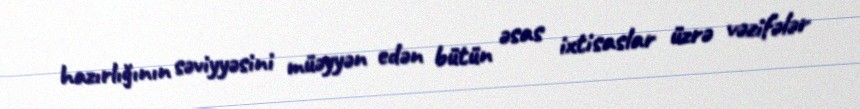
hazırlığının səviyyəsini müəyyən edən bütün əsas ixtisaslar üzrə vəzifələr